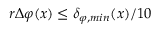
r \Delta \varphi ( x ) \leq \delta _ { \varphi , m i n } ( x ) / 1 0